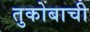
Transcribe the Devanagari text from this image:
तुकोबाची